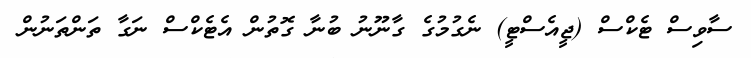
ސާވިސް ޓެކްސް (ޖީއެސްޓީ) ނެގުމުގެ ގާނޫނު ބުނާ ގޮތުން އެޓެކްސް ނަގާ ތަންތަނުން